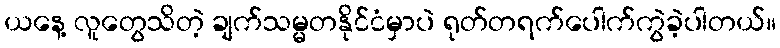
ယနေ့ လူတွေသိတဲ့ ချက်သမ္မတနိုင်ငံမှာပဲ ရုတ်တရက်ပေါက်ကွဲခဲ့ပါတယ်။